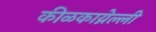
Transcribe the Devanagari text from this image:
कीळकाय्नेल्ली